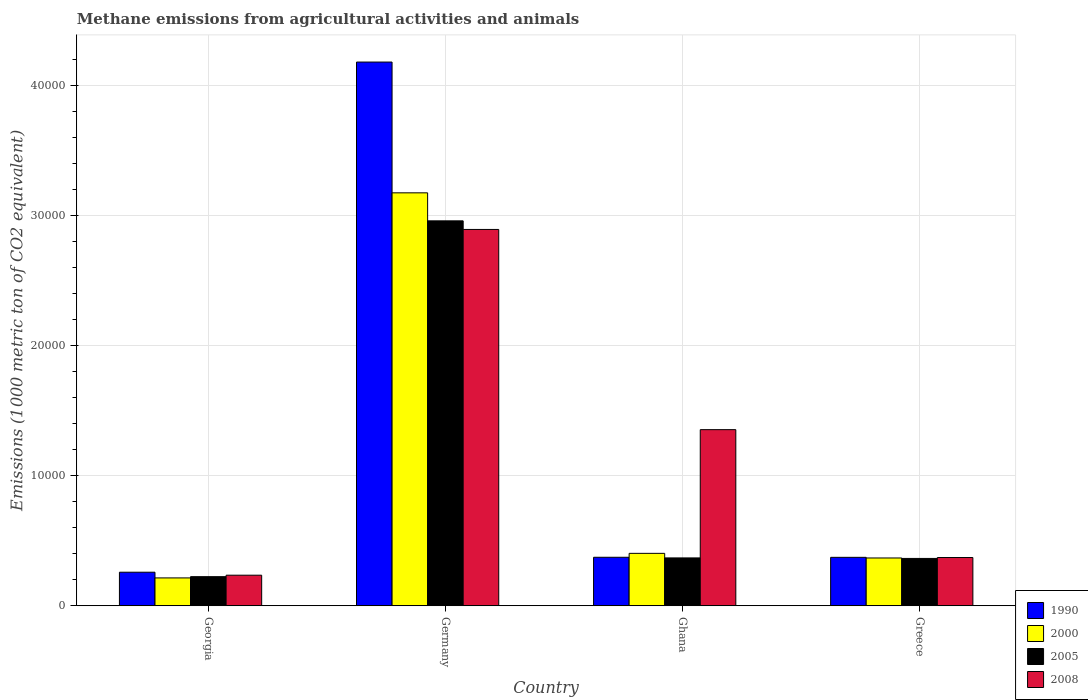
| Country | 1990 | 2000 | 2005 | 2008 |
 | --- | --- | --- | --- | --- |
 | Georgia | 2.58e+03 | 2.14e+03 | 2.24e+03 | 2.35e+03 |
 | Germany | 4.18e+04 | 3.18e+04 | 2.96e+04 | 2.9e+04 |
 | Ghana | 3.73e+03 | 4.03e+03 | 3.68e+03 | 1.36e+04 |
 | Greece | 3.73e+03 | 3.68e+03 | 3.64e+03 | 3.71e+03 |